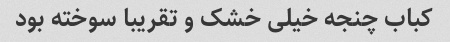
کباب چنجه خیلی خشک و تقریبا سوخته بود